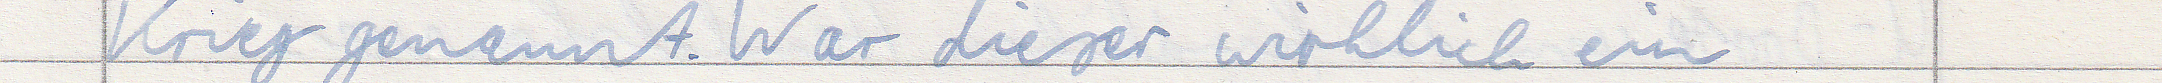
Krieg genannt. War dieser wirklich ein